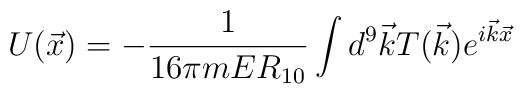
U(\vec{x})=-\frac{1}{16 \pi m E R_{10}} \int {d^9 \vec{k}T(\vec{k})e^{i\vec{k} \vec{x}}}